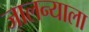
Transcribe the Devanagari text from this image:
जालन्याला